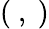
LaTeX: \displaystyle(\ ,\ )